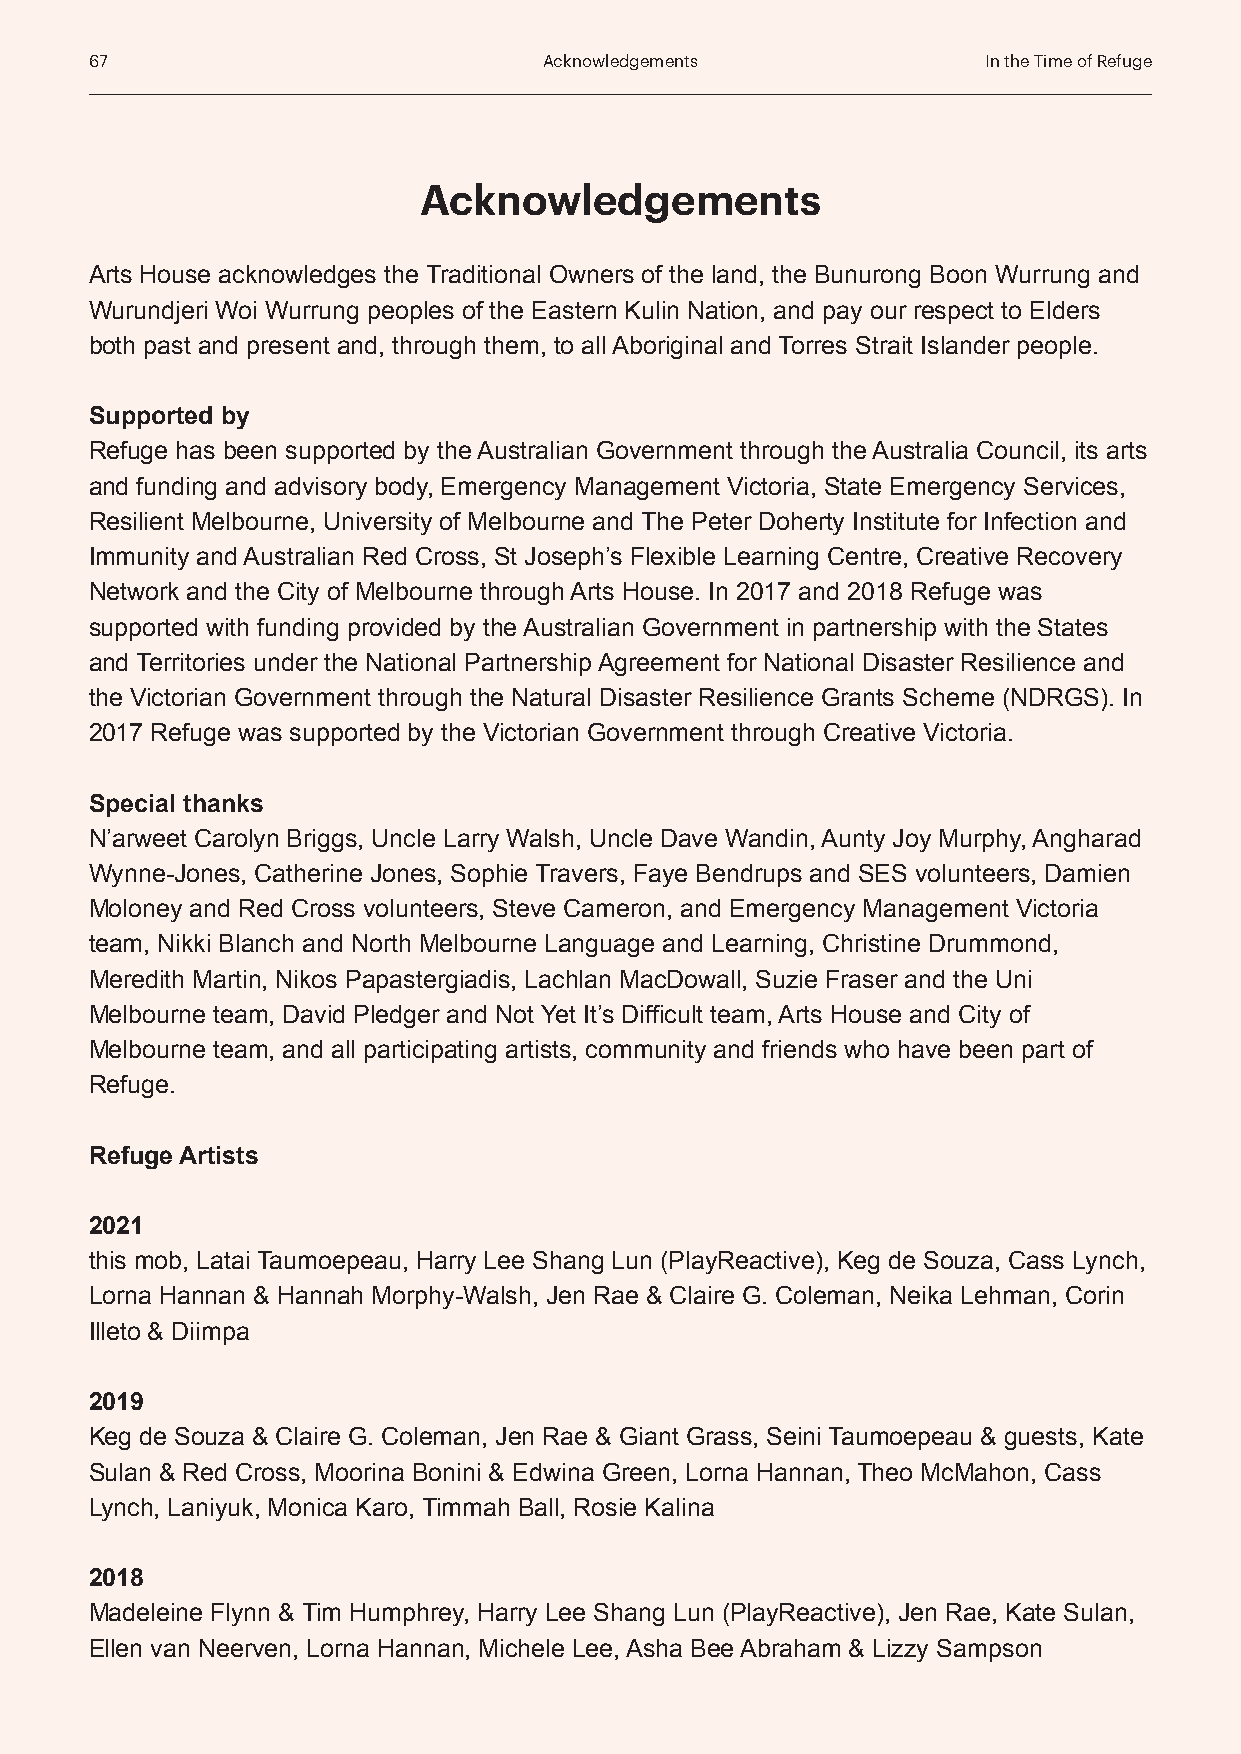
67                            Acknowledgements             In the Time of Refuge
 Acknowledgements
 Arts House acknowledges the Traditional Owners of the land, the Bunurong Boon Wurrung and
 Wurundjeri Woi Wurrung peoples of the Eastern Kulin Nation, and pay our respect to Elders
 both past and present and, through them, to all Aboriginal and Torres Strait Islander people.
 Supported by
 Refuge has been supported by the Australian Government through the Australia Council, its arts
 and funding and advisory body, Emergency Management Victoria, State Emergency Services,
 Resilient Melbourne, University of Melbourne and The Peter Doherty Institute for Infection and
 Immunity and Australian Red Cross, St Joseph’s Flexible Learning Centre, Creative Recovery
 Network and the City of Melbourne through Arts House. In 2017 and 2018 Refuge was
 supported with funding provided by the Australian Government in partnership with the States
 and Territories under the National Partnership Agreement for National Disaster Resilience and
 the Victorian Government through the Natural Disaster Resilience Grants Scheme (NDRGS). In
 2017 Refuge was supported by the Victorian Government through Creative Victoria.
 Special thanks
 N’arweet Carolyn Briggs, Uncle Larry Walsh, Uncle Dave Wandin, Aunty Joy Murphy, Angharad
 Wynne-Jones, Catherine Jones, Sophie Travers, Faye Bendrups and SES volunteers, Damien
 Moloney and Red Cross volunteers, Steve Cameron, and Emergency Management Victoria
 team, Nikki Blanch and North Melbourne Language and Learning, Christine Drummond,
 Meredith Martin, Nikos Papastergiadis, Lachlan MacDowall, Suzie Fraser and the Uni
 Melbourne team, David Pledger and Not Yet It’s Difficult team, Arts House and City of
 Melbourne team, and all participating artists, community and friends who have been part of
 Refuge.
 Refuge Artists
 2021
 this mob, Latai Taumoepeau, Harry Lee Shang Lun (PlayReactive), Keg de Souza, Cass Lynch,
 Lorna Hannan & Hannah Morphy-Walsh, Jen Rae & Claire G. Coleman, Neika Lehman, Corin
 Illeto & Diimpa
 2019
 Keg de Souza & Claire G. Coleman, Jen Rae & Giant Grass, Seini Taumoepeau & guests, Kate
 Sulan & Red Cross, Moorina Bonini & Edwina Green, Lorna Hannan, Theo McMahon, Cass
 Lynch, Laniyuk, Monica Karo, Timmah Ball, Rosie Kalina
 2018
 Madeleine Flynn & Tim Humphrey, Harry Lee Shang Lun (PlayReactive), Jen Rae, Kate Sulan,
 Ellen van Neerven, Lorna Hannan, Michele Lee, Asha Bee Abraham & Lizzy Sampson